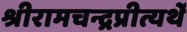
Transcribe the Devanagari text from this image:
श्रीरामचन्द्रप्रीत्यर्थे